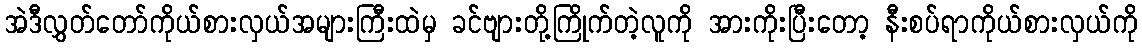
အဲဒီလွှတ်တော်ကိုယ်စားလှယ်အများကြီးထဲမှ ခင်ဗျားတို့ကြိုက်တဲ့လူကို အားကိုးပြီးတော့ နီးစပ်ရာကိုယ်စားလှယ်ကို